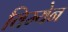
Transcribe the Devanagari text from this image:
विम्येन